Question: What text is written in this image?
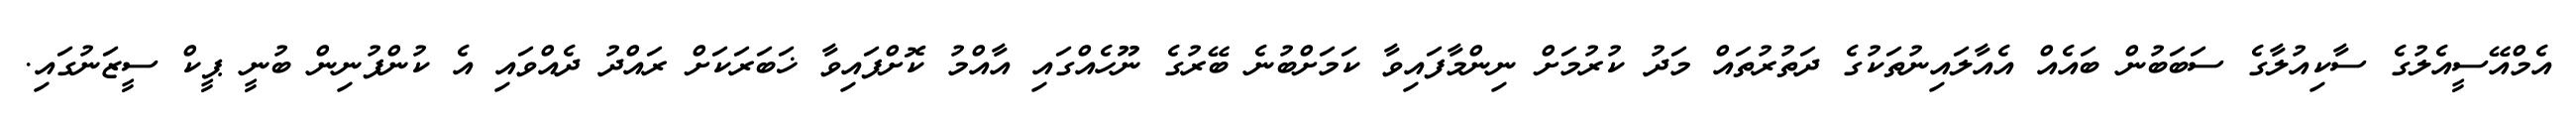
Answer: އެމްއޭސީއެލުގެ ސާކިއުލާގެ ސަބަބުން ބައެއް އެއާލައިނުތަކުގެ ދަތުރުތައް މަދު ކުރުމަށް ނިންމާފައިވާ ކަމަށްބުނެ ބޭރުގެ ނޫހެއްގައި އާއްމު ކޮށްފައިވާ ޚަބަރަކަށް ރައްދު ދެއްވައި އެ ކުންފުނިން ބުނީ ޕީކް ސީޒަނުގައި.